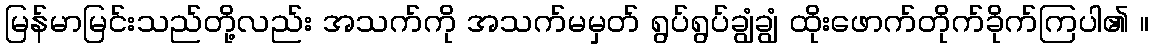
မြန်မာမြင်းသည်တို့လည်း အသက်ကို အသက်မမှတ် ရွပ်ရွပ်ချွံချွံ ထိုးဖောက်တိုက်ခိုက်ကြပါ၏ ။